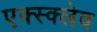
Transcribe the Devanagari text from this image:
एक्स्क्लेव